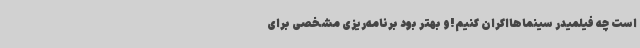
است چه فیلمیدر سینماهااکران کنیم!و بهتر بود برنامه‌ریزی مشخصی برای